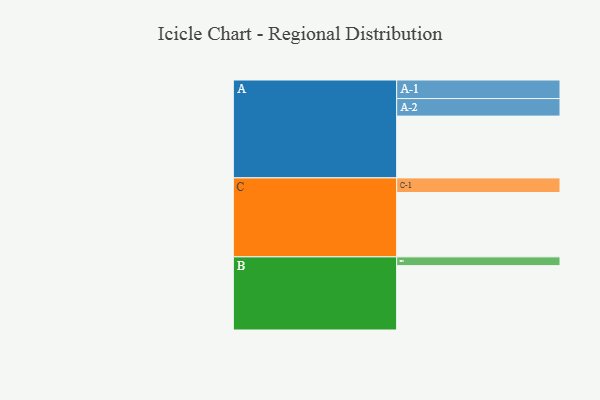
{"axis": {"x": "Segment", "y": "Value"}, "legend": ["", "A", "B", "C"], "data": [{"x": "A", "y": 529, "type": ""}, {"x": "B", "y": 551, "type": ""}, {"x": "C", "y": 551, "type": ""}, {"x": "A-1", "y": 159, "type": "A"}, {"x": "A-2", "y": 150, "type": "A"}, {"x": "B-1", "y": 75, "type": "B"}, {"x": "C-1", "y": 125, "type": "C"}]}